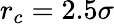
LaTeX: r_{c}=2.5\sigma